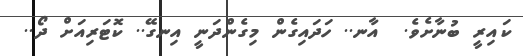
ކައިރީ ބުނާށެވެ.  އާނ.. ހަދައިގެން މިގެންދަނީ އިނގޭ.. ކޮޓަރިއަށް ދޯ..